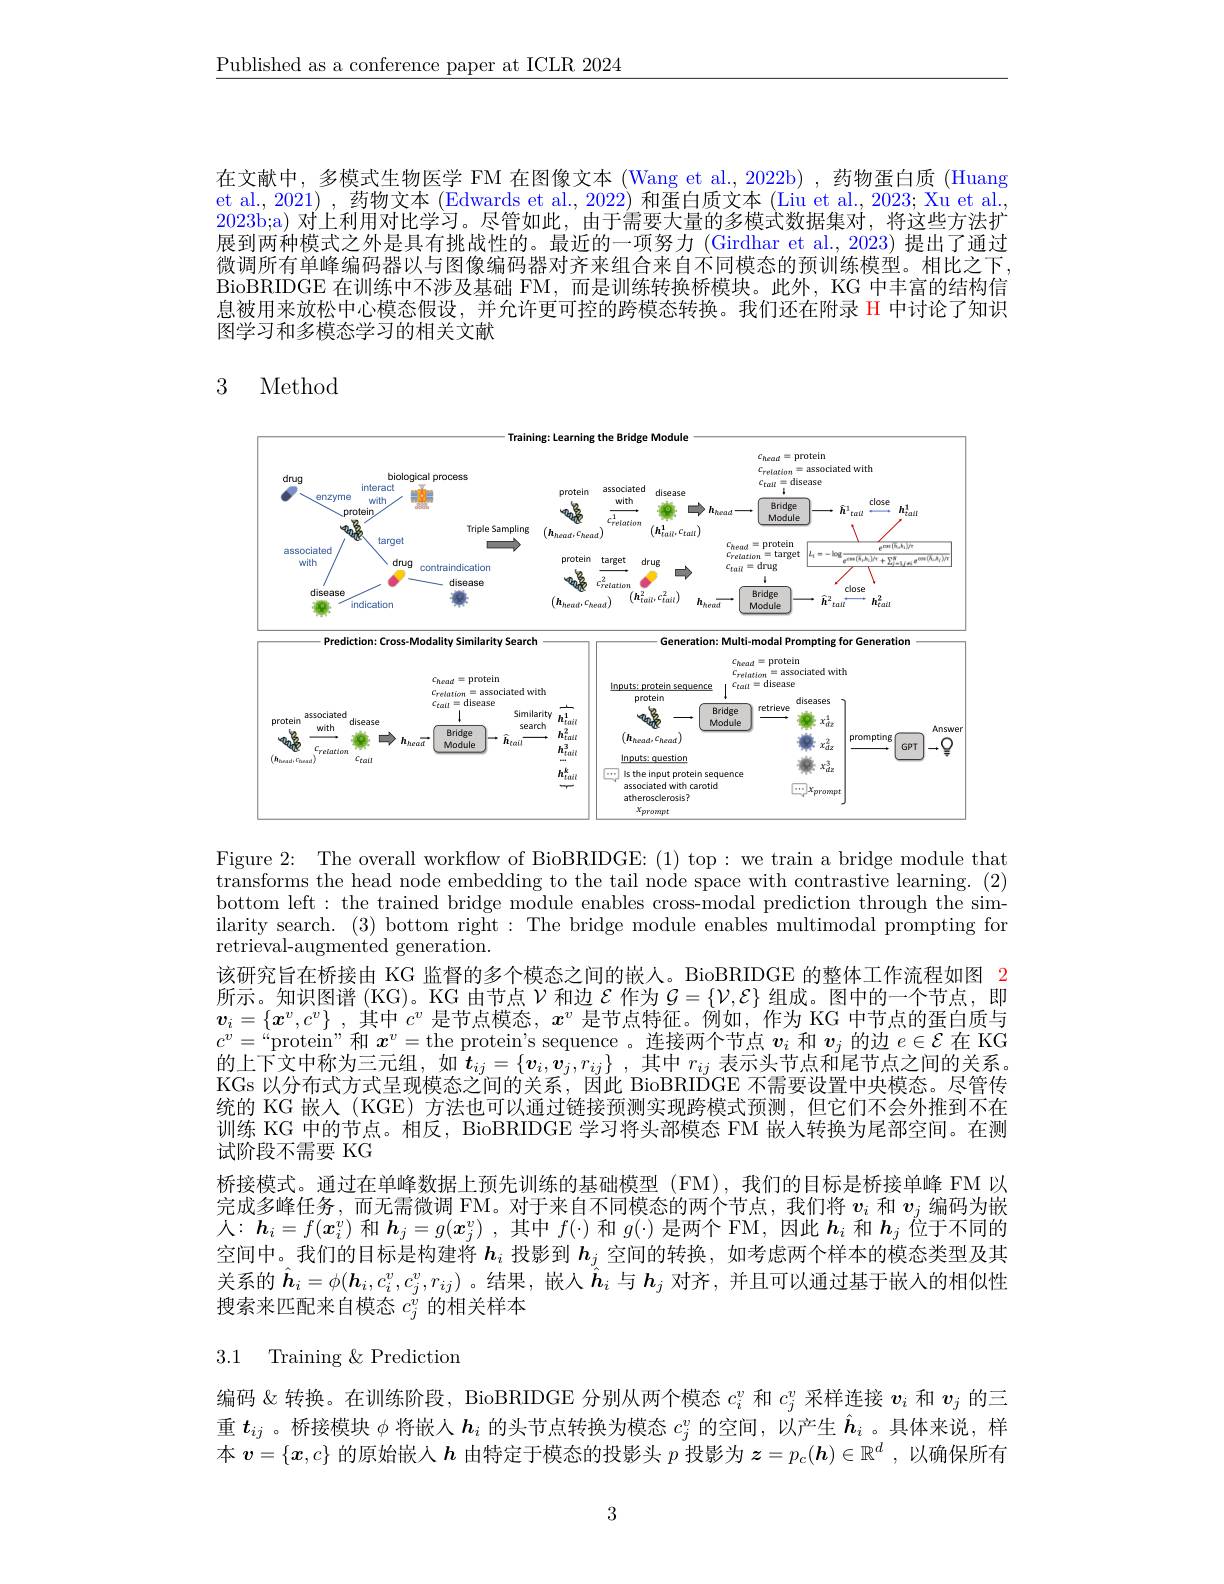
$\underline{\text{Published as a conference paper at ICLR 2024}}$

在文献中，多模式生物医学 FM 在图像文本 (Wang et al., 2022b), 药物蛋白质 (Huang et al., 2021) , 药物文本 (Edwards et al., 2022) 和蛋白质文本 (Liu et al., 2023; Xu et al., 2023b;a) 对上利用对比学习。尽管如此，由于需要大量的多模式数据集对，将这些方法扩展到两种模式之外是具有挑战性的。最近的一项努力 (Girdhar et al., 2023) 提出了通过微调所有单峰编码器以与图像编码器对齐来组合来自不同模态的预训练模型。相比之下BioBRIDGE 在训练中不涉及基础 FM,而是训练转换桥模块。此外，KG 中丰富的结构信息被用来放松中心模态假设，并允许更可控的跨模态转换。我们还在附录 H 中讨论了知识图学习和多模态学习的相关文献

## 3 Method

<FigureHere>

Figure 2: The overall workflow of BioBRIDGE:(1) top: we train a bridge module that $\bar{\text{transforms the head node embedding to the tail node space with contrastive learning.}}(2)$ bottom left: the trained bridge module enables cross-modal prediction through the similarity search. (3) bottom right: The bridge module enables multimodal prompting for retrieval-augmented generation.
该研究旨在桥接由 KG 监督的多个模态之间的嵌人。BioBRIDGE 的整体工作流程如图 2所 示 。知 识 图 谱 ( KG) 。KG 由 节 点 $\mathcal{V}$和 边 $\mathcal{E}$ 作 为 $\mathcal{G} = \{ \mathcal{V} , \mathcal{E} \}$ 组 成 。图 中 的 一 个 节 点 , 即 $\boldsymbol{v}_i= \{ \boldsymbol{x}^v, c^v\}$ ,其 中 $c^v$ 是 节 点 模 态 , $\boldsymbol{x}^v$ 是 节 点 特 征 。例 如 , 作 为 KG 中 节 点 的 蛋 白 质 与 , $c^v=$“protein”和$x^v=$the protein's sequence 。连接两个节点$v_i$和$v_j$的边$e\in\mathcal{E}$在 KG KGs 以分布式方式呈现模态之间的关系，因此 BioBRIDGE 不需要设置中央模态。尽管传统的 KG 嵌人(KGE) 方法也可以通过链接预测实现跨模式预测，但它们不会外推到不在训练 KG 中的节点。相反，BioBRIDGE 学习将头部模态 FM 嵌人转换为尾部空间。在测试阶段不需要 KG
桥接模式。通过在单峰数据上预先训练的基础模型(FM),我们的目标是桥接单峰 FM 以完成多峰任务，而无需微调 FM。对于来自不同模态的两个节点，我们将$v_i$和$v_j$编码为嵌人：$\boldsymbol{h}_i=f(\boldsymbol{x}_i^v)$和$\boldsymbol{h}_j=g(\boldsymbol{x}_j^v)$ ,其中$f(\cdot)$和$g(\cdot)$是两个 FM,因此$\boldsymbol{h}_i$和$\boldsymbol{h}_j$位于不同的空间中。我们的目标是构建将$\boldsymbol{h}_i$投影到$\boldsymbol{h}_j$空间的转换，如考虑两个样本的模态类型及其关系的$\hat{\boldsymbol{h}}_i=\phi(\boldsymbol{h}_i,c_i^v,c_j^v,r_{ij})$。结果，嵌入$\hat{\boldsymbol{h}}_i$与$\boldsymbol{h}_j$对齐，并且可以通过基于嵌人的相似性搜索来匹配来自模态$c_j^{\dot{v}}$的相关样本

3.1 Training $\&$ Prediction

编码 &转换。在训练阶段，BioBRIDGE 分别从两个模态$c_i^v$和$c_j^v$采样连接$v_i$和$v_j$的三重$t_{ij}$ 。桥接模块$\phi$将嵌人$h_i$的头节点转换为模态$c_j^v$的空间，以产生$\hat{\boldsymbol{h}}_i$ 。具体来说，样本$v=\{x,c\}$的原始嵌人$h$由特定于模态的投影头$p$投影为$z=p_c(\boldsymbol{h})\in\mathbb{R}^d$ ,以确保所有

3